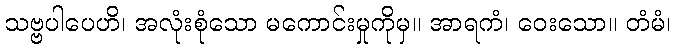
သဗ္ဗပါပေဟိ၊ အလုံးစုံသော မကောင်းမှုကိုမှ။ အာရကံ၊ ဝေးသော။ တံမံ၊